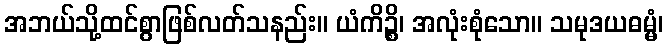
အဘယ်သို့ထင်စွာဖြစ်လတ်သနည်း။ ယံကိဉ္စိ၊ အလုံးစုံသော။ သမုဒယဓမ္မံ၊